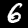
Label: 6